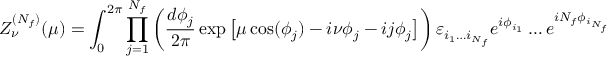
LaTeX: { \cal Z } _ { \nu } ^ { ( N _ { f } ) } ( \mu ) = \int _ { 0 } ^ { 2 \pi } \prod _ { j = 1 } ^ { N _ { f } } \left( \frac { d \phi _ { j } } { 2 \pi } \exp \left[ \mu \cos ( \phi _ { j } ) - i \nu \phi _ { j } - i j \phi _ { j } \right] \right) \varepsilon _ { i _ { 1 } \ldots i _ { N _ { f } } } e ^ { i \phi _ { i _ { 1 } } } \ldots e ^ { i N _ { f } \phi _ { i _ { N _ { f } } } } \; ,